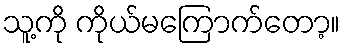
သူ့ကို ကိုယ်မကြောက်တော့။